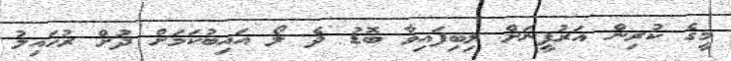
މީގެ ކުރިން އަރުފީނަށް ލިބިފައިވާ ބޮޑު ދެ ލޯ އައިބުކަމަށް ދުށް ރުހައިލު